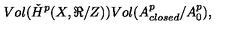
V o l ( \check { H } ^ { p } ( X , \Re { } / Z ) ) V o l ( A _ { c l o s e d } ^ { p } / A _ { 0 } ^ { p } ) ,